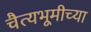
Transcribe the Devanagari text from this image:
चैत्यभूमीच्या